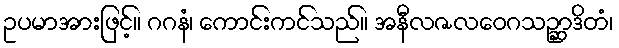
ဥပမာအားဖြင့်။ ဂဂနံ၊ ကောင်းကင်သည်။ အနီလဇလဝေဂသဉ္ဆာဒိတံ၊